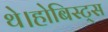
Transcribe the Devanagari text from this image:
थे।होबिस्ट्स